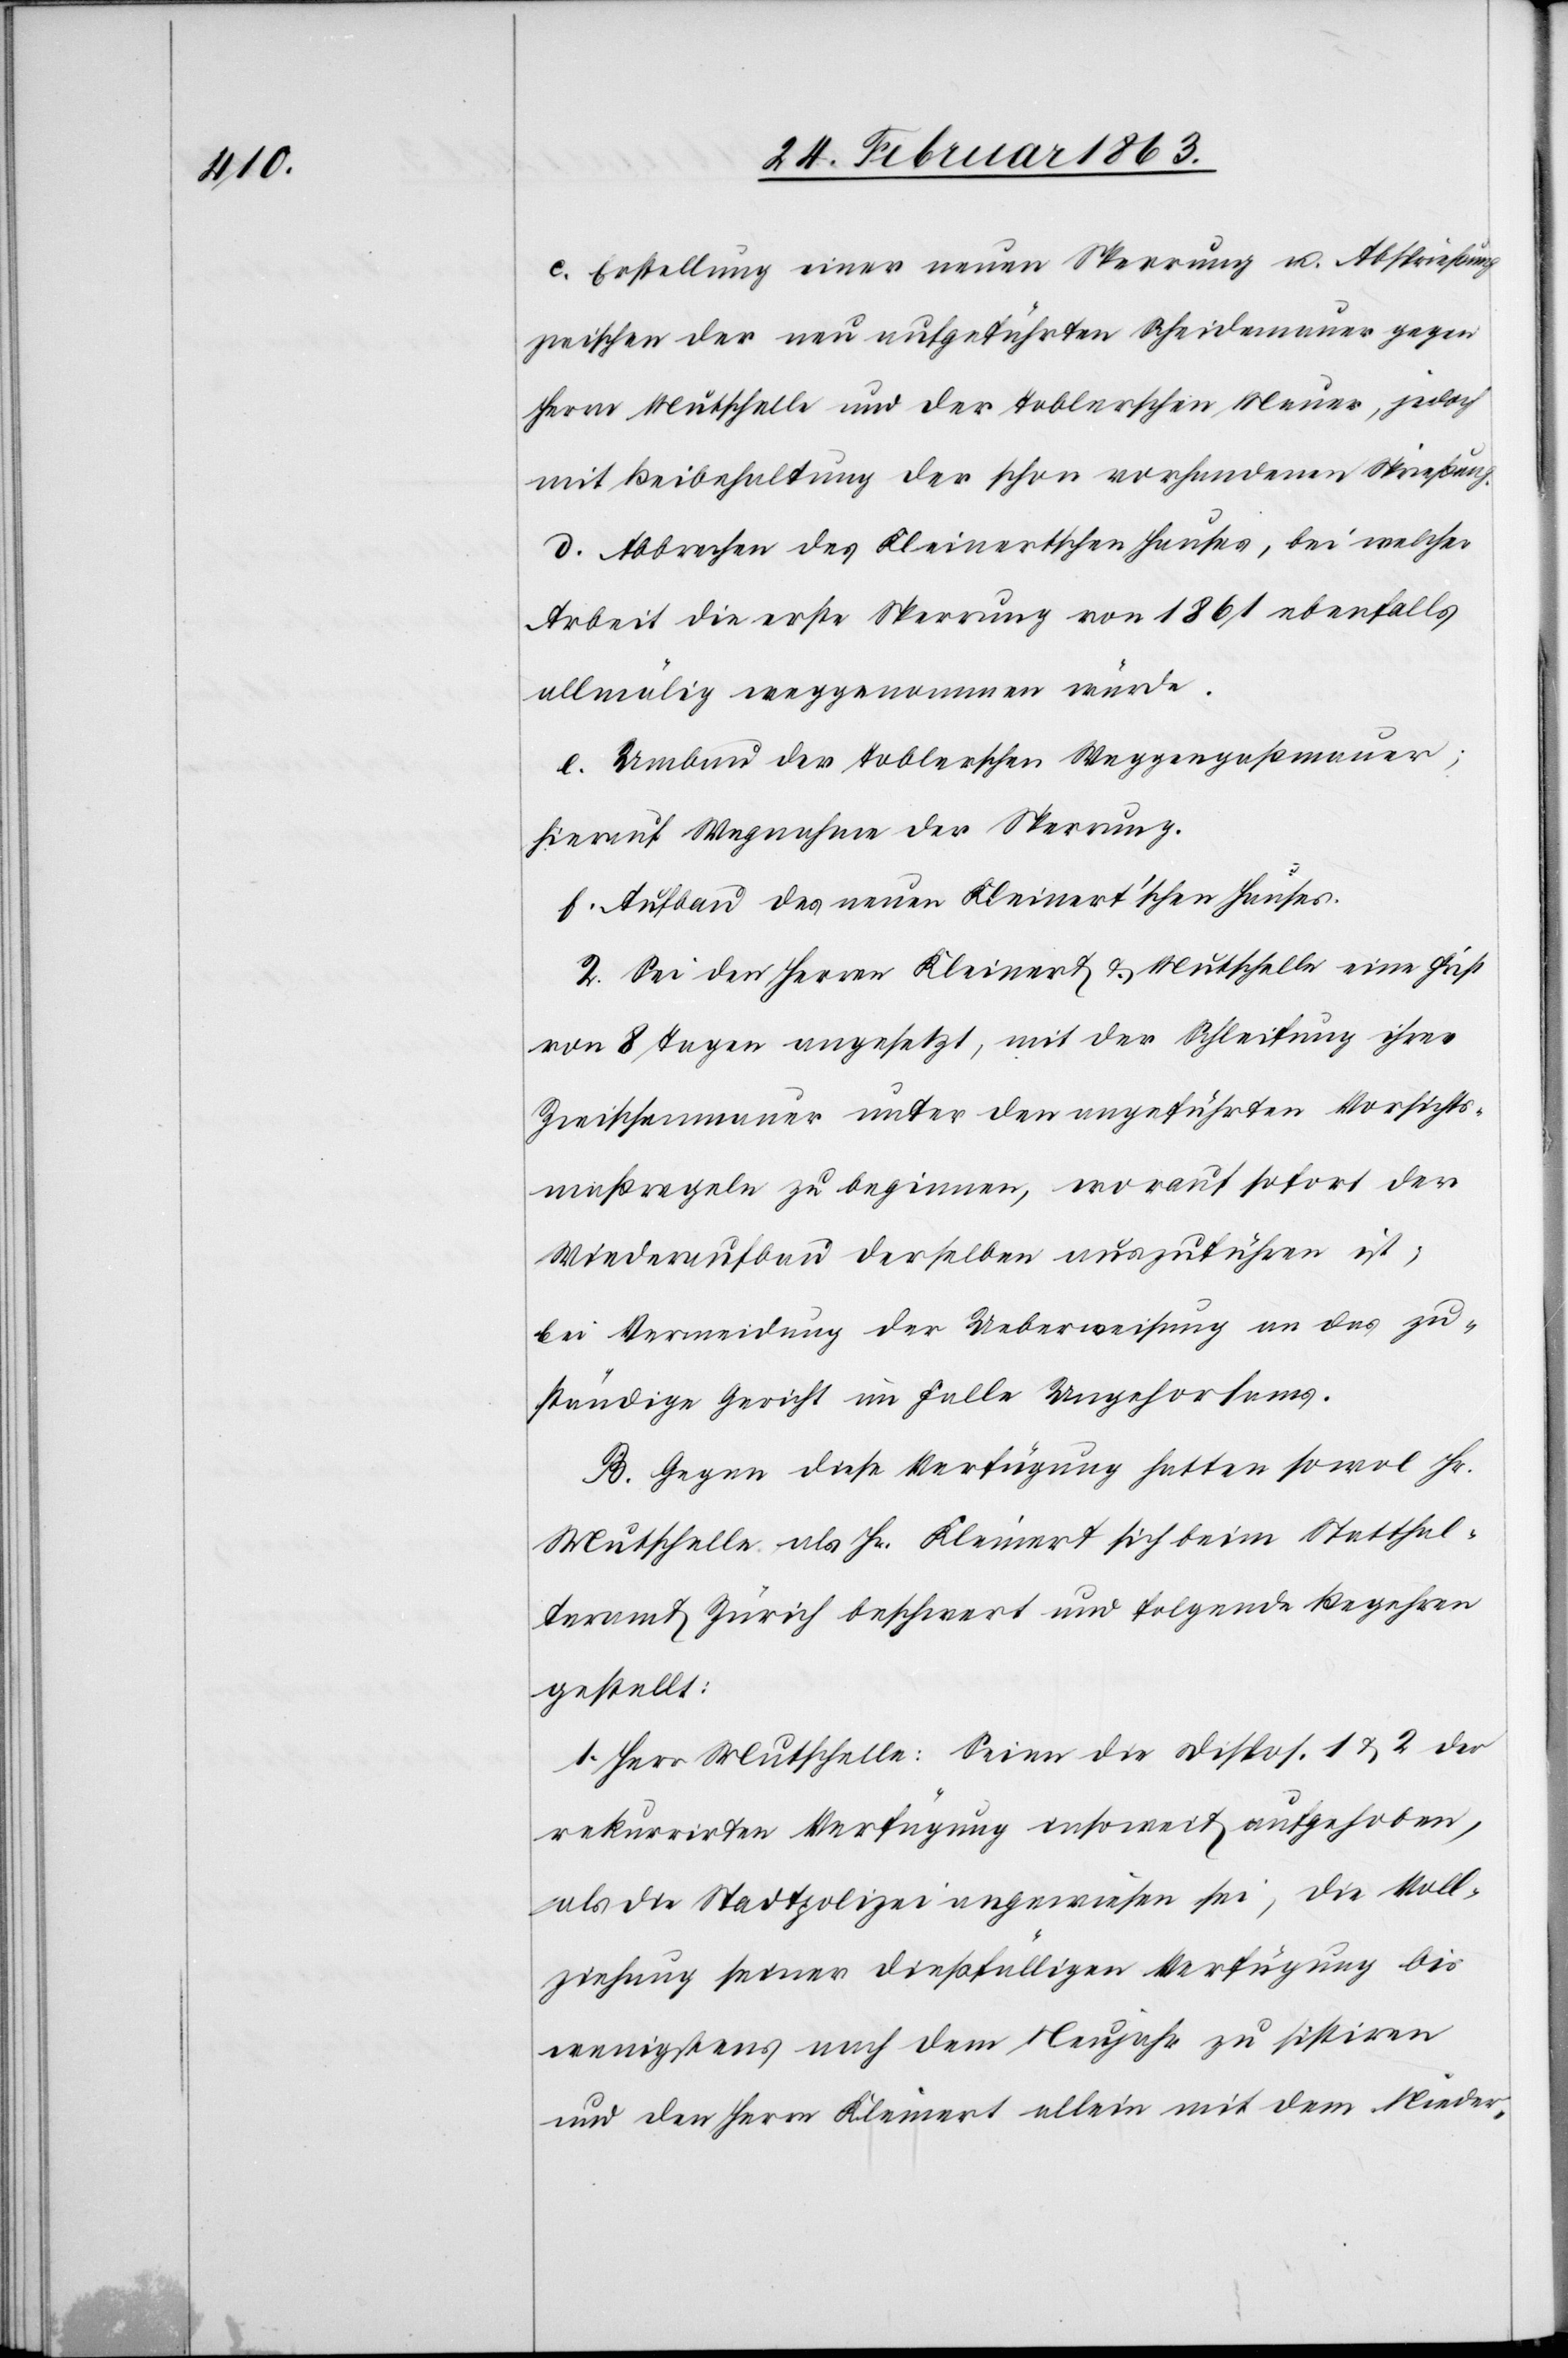
c. Erstellung einer neuen Sperrung u. Absprießung
zwischen der neu aufgeführten Scheidemauer gegen
Herrn Mutschelle und der Toblerschen Mauer, jedoch
mit Beibehaltung der schon vorhandenen Sprießung.
d. Abbrechen des Kleinertschen Hauses, bei welcher
Arbeit die erste Sperrung von 1861 ebenfalls
allmälig weggenommen würde.
e. Umbau der Toblerschen Weggengaßmauer;
hierauf Wegnahme der Sperrung.
f. Aufbau des neuen Kleinert'schen Hauses.
2. Sei den Herren Kleinert & Mutschelle eine Frist
von 8 Tagen angesetzt, mit der Schleifung ihrer
Zwischenmauer unter den angeführten Vorsichts¬
maßregeln zu beginnen, worauf sofort der
Wiederaufbau derselben auszuführen ist;
bei Vermeidung der Ueberweisung an das zu¬
ständige Gericht im Falle Ungehorsams.
B. Gegen diese Verfügung hatten sowohl Hr.
Mutschelle als Hr. Kleinert sich beim Statthal¬
teramt Zürich beschwert und folgende Begehren
gestellt:
1. Herr Mutschelle: Seien die Dispos. 1 & 2 der
rekurrirten Verfügung insoweit aufgehoben,
als die Stadtpolizei angewiesen sei, die Voll¬
ziehung seiner dießfälligen Verfügung bis
wenigstens nach dem Neujahr zu sistiren
und den Herrn Kleinert allein mit dem Nieder-